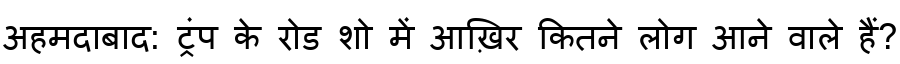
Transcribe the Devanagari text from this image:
अहमदाबाद: ट्रंप के रोड शो में आख़िर कितने लोग आने वाले हैं?